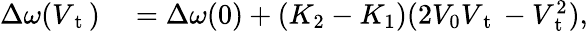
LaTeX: \begin{array}{rl}{\Delta\omega(V_{\mathrm{~t~}})}&{{}=\Delta\omega(0)+(K_{2}-K_{1})(2V_{0}V_{\mathrm{~t~}}-V_{\mathrm{~t~}}^{2}),}\end{array}